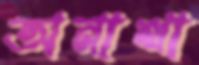
অনাথা